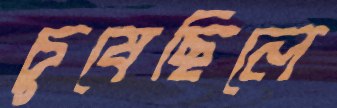
চুষেছিলে